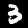
Digit: 3